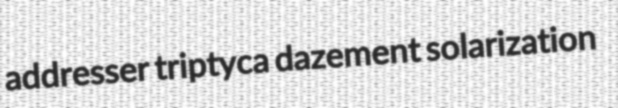
addresser triptyca dazement solarization